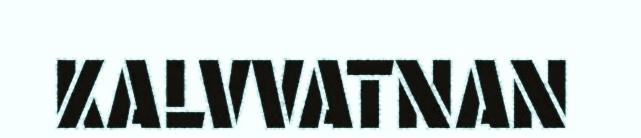
KALVVATNAN